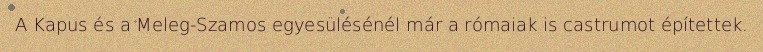
A Kapus és a Meleg-Szamos egyesülésénél már a rómaiak is castrumot építettek.